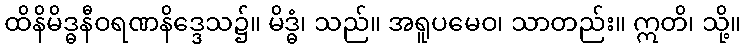
ထိနိမိဒ္ဓနီဝရဏနိဒ္ဒေသ၌။ မိဒ္ဓံ၊ သည်။ အရူပမေဝ၊ သာတည်း။ ဣတိ၊ သို့။